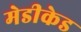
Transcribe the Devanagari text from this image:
मेडीकेड